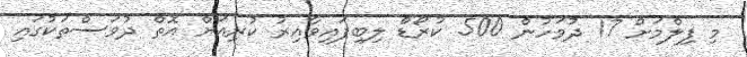
މި ފިލްމަށް 17 ދުވަހުން 500 ކުރޯޑް ލިބިފައިވާއިރު ކުރިއަށް އޮތް ދުވަސްތަކުގައި